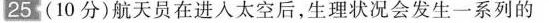
25(10分)航天员在进入太空后，生理状况会发生一系列的